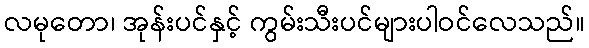
လမုတော၊ အုန်းပင်နှင့် ကွမ်းသီးပင်များပါဝင်လေသည်။